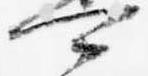
可